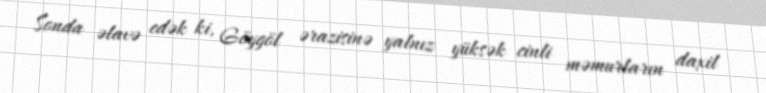
Sonda əlavə edək ki, Göygöl ərazisinə yalnız yüksək cinli məmurların daxil